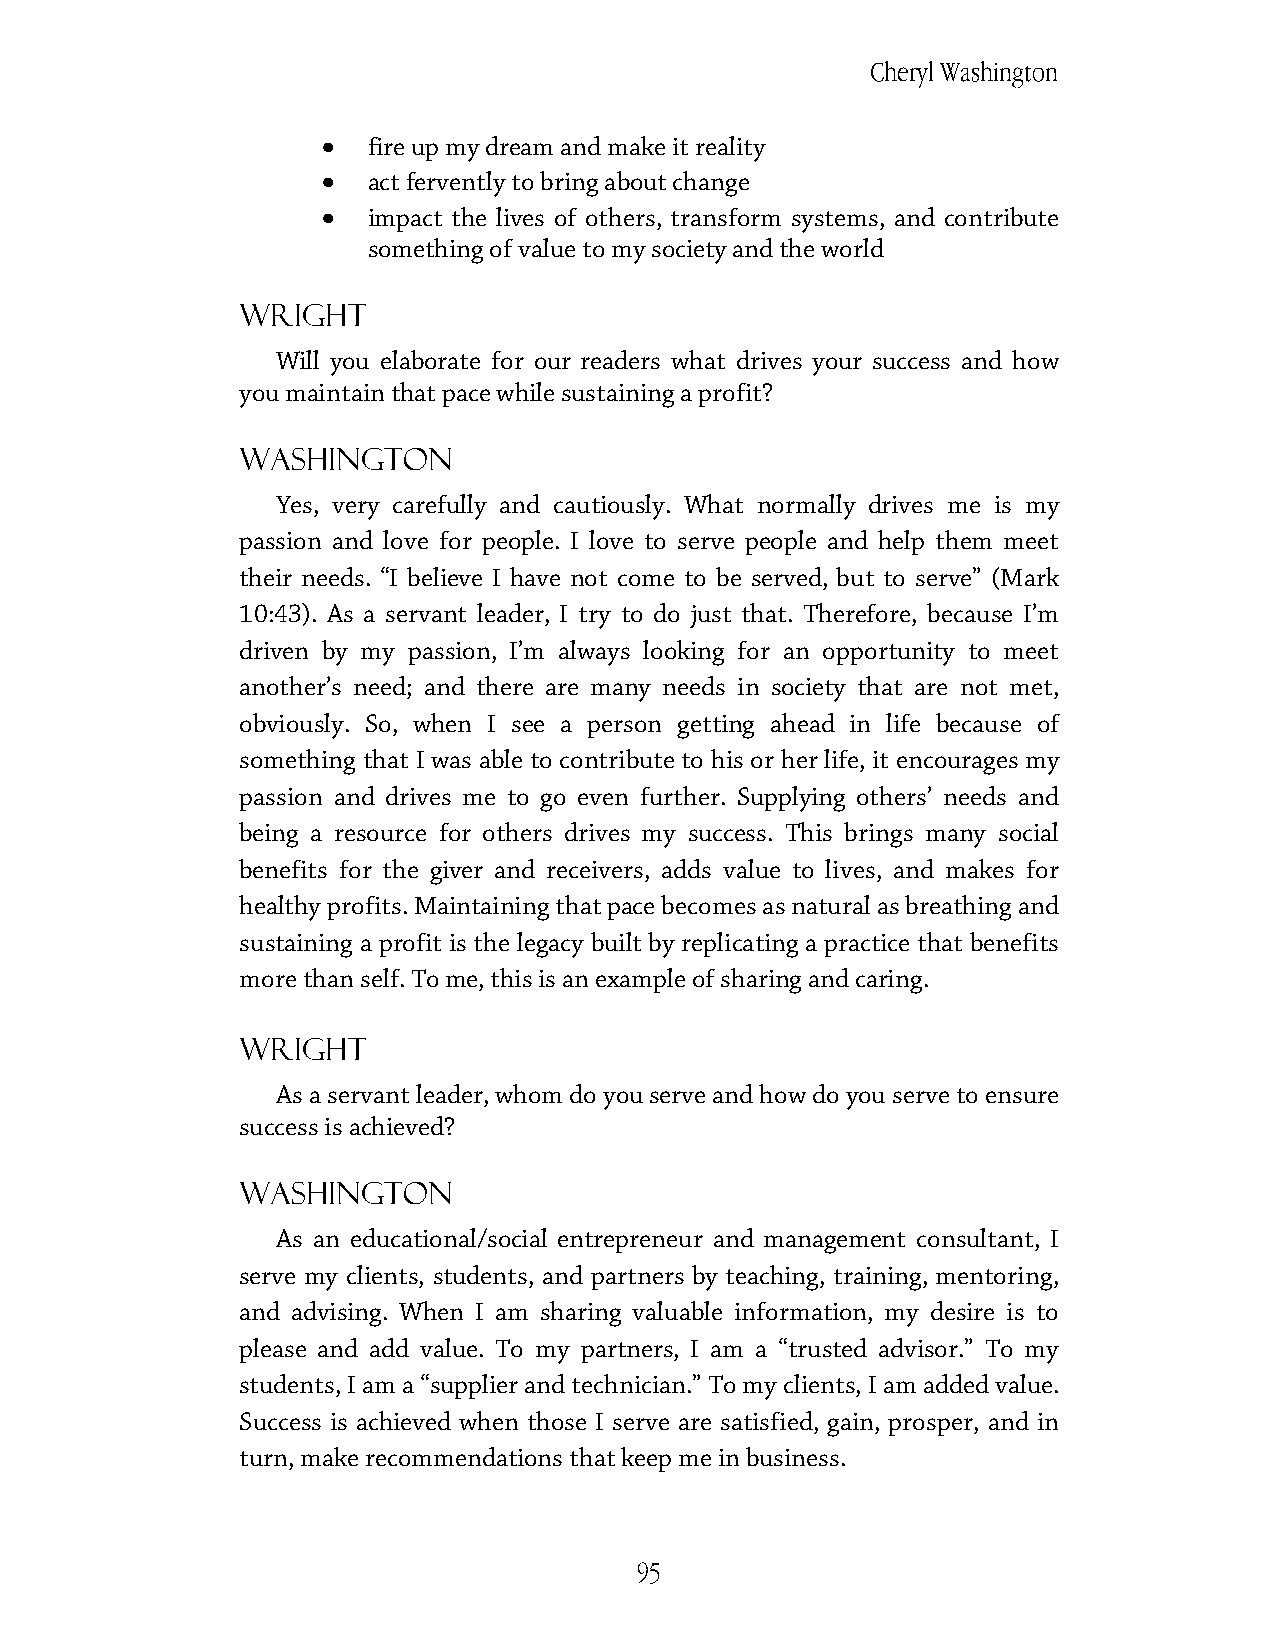
Cheryl Washington
 •
 fire up my dream and make it reality
 •
 act fervently to bring about change
 •
 impact the lives of others, transform systems, and contribute
 something of value to my society and the world
 Wright
 Will you elaborate for our readers what drives your success and how
 you maintain that pace while sustaining a profit?
 Washington
 Yes, very carefully and cautiously. What normally drives me is my
 passion and love for people. I love to serve people and help them meet
 their needs. “I believe I have not come to be served, but to serve” (Mark
 10:43). As a servant leader, I try to do just that. Therefore, because I’m
 driven by my passion, I’m always looking for an opportunity to meet
 another’s need; and there are many needs in society that are not met,
 obviously. So, when I see a person getting ahead in life because of
 something that I was able to contribute to his or her life, it encourages my
 passion and drives me to go even further. Supplying others’ needs and
 being a resource for others drives my success. This brings many social
 benefits for the giver and receivers, adds value to lives, and makes for
 healthy profits. Maintaining that pace becomes as natural as breathing and
 sustaining a profit is the legacy built by replicating a practice that benefits
 more than self. To me, this is an example of sharing and caring.
 Wright
 As a servant leader, whom do you serve and how do you serve to ensure
 success is achieved?
 Washington
 As an educational/social entrepreneur and management consultant, I
 serve my clients, students, and partners by teaching, training, mentoring,
 and advising. When I am sharing valuable information, my desire is to
 please and add value. To my partners, I am a “trusted advisor.” To my
 students, I am a “supplier and technician.” To my clients, I am added value.
 Success is achieved when those I serve are satisfied, gain, prosper, and in
 turn, make recommendations that keep me in business.
 95